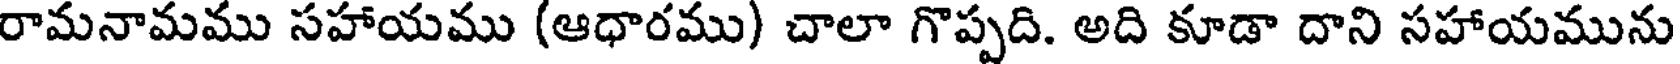
రామనామము సహాయము (ఆధారము) చాలా గొప్పది. అది కూడా దాని సహాయమును